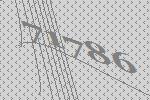
71786